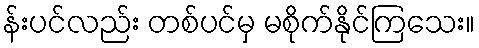
န်းပင်လည်း တစ်ပင်မှ မစိုက်နိုင်ကြသေး။